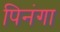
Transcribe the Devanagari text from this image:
पिनंगा